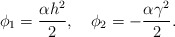
\begin{align*}\phi_{1}=\frac{\alpha h^{2}}{2},~~~ \phi_{2}=-\frac{\alpha\gamma^{2}}{2}. \end{align*}